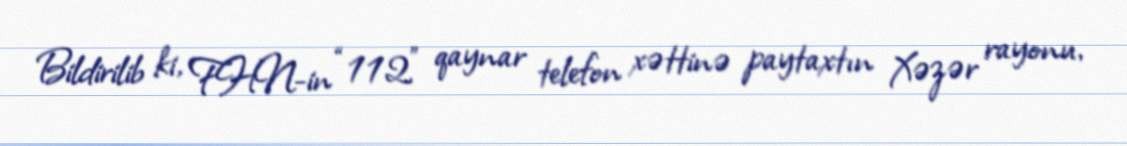
Bildirilib ki, FHN-in “112” qaynar telefon xəttinə paytaxtın Xəzər rayonu,